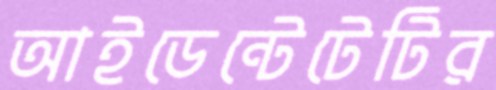
আইডেন্টেটেটির